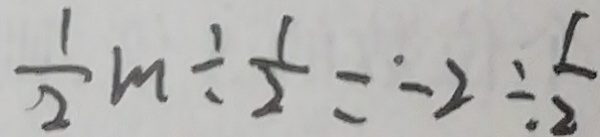
\frac { 1 } { 2 } m \div \frac { 1 } { 2 } = - 2 \div \frac { 1 } { 2 }